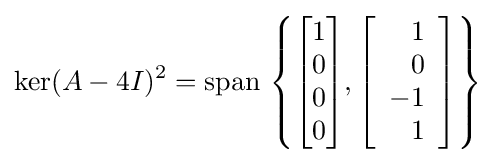
\ker(A-4I)^{2}=\operatorname {span} \,\left\{{\begin{bmatrix}1\\0\\0\\0\end{bmatrix}},\left[{\begin{array}{r}1\\0\\-1\\1\end{array}}\right]\right\}